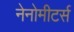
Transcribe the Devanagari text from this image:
नेनोमीटर्स